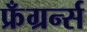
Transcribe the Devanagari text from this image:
फ्रँग्रर्न्स